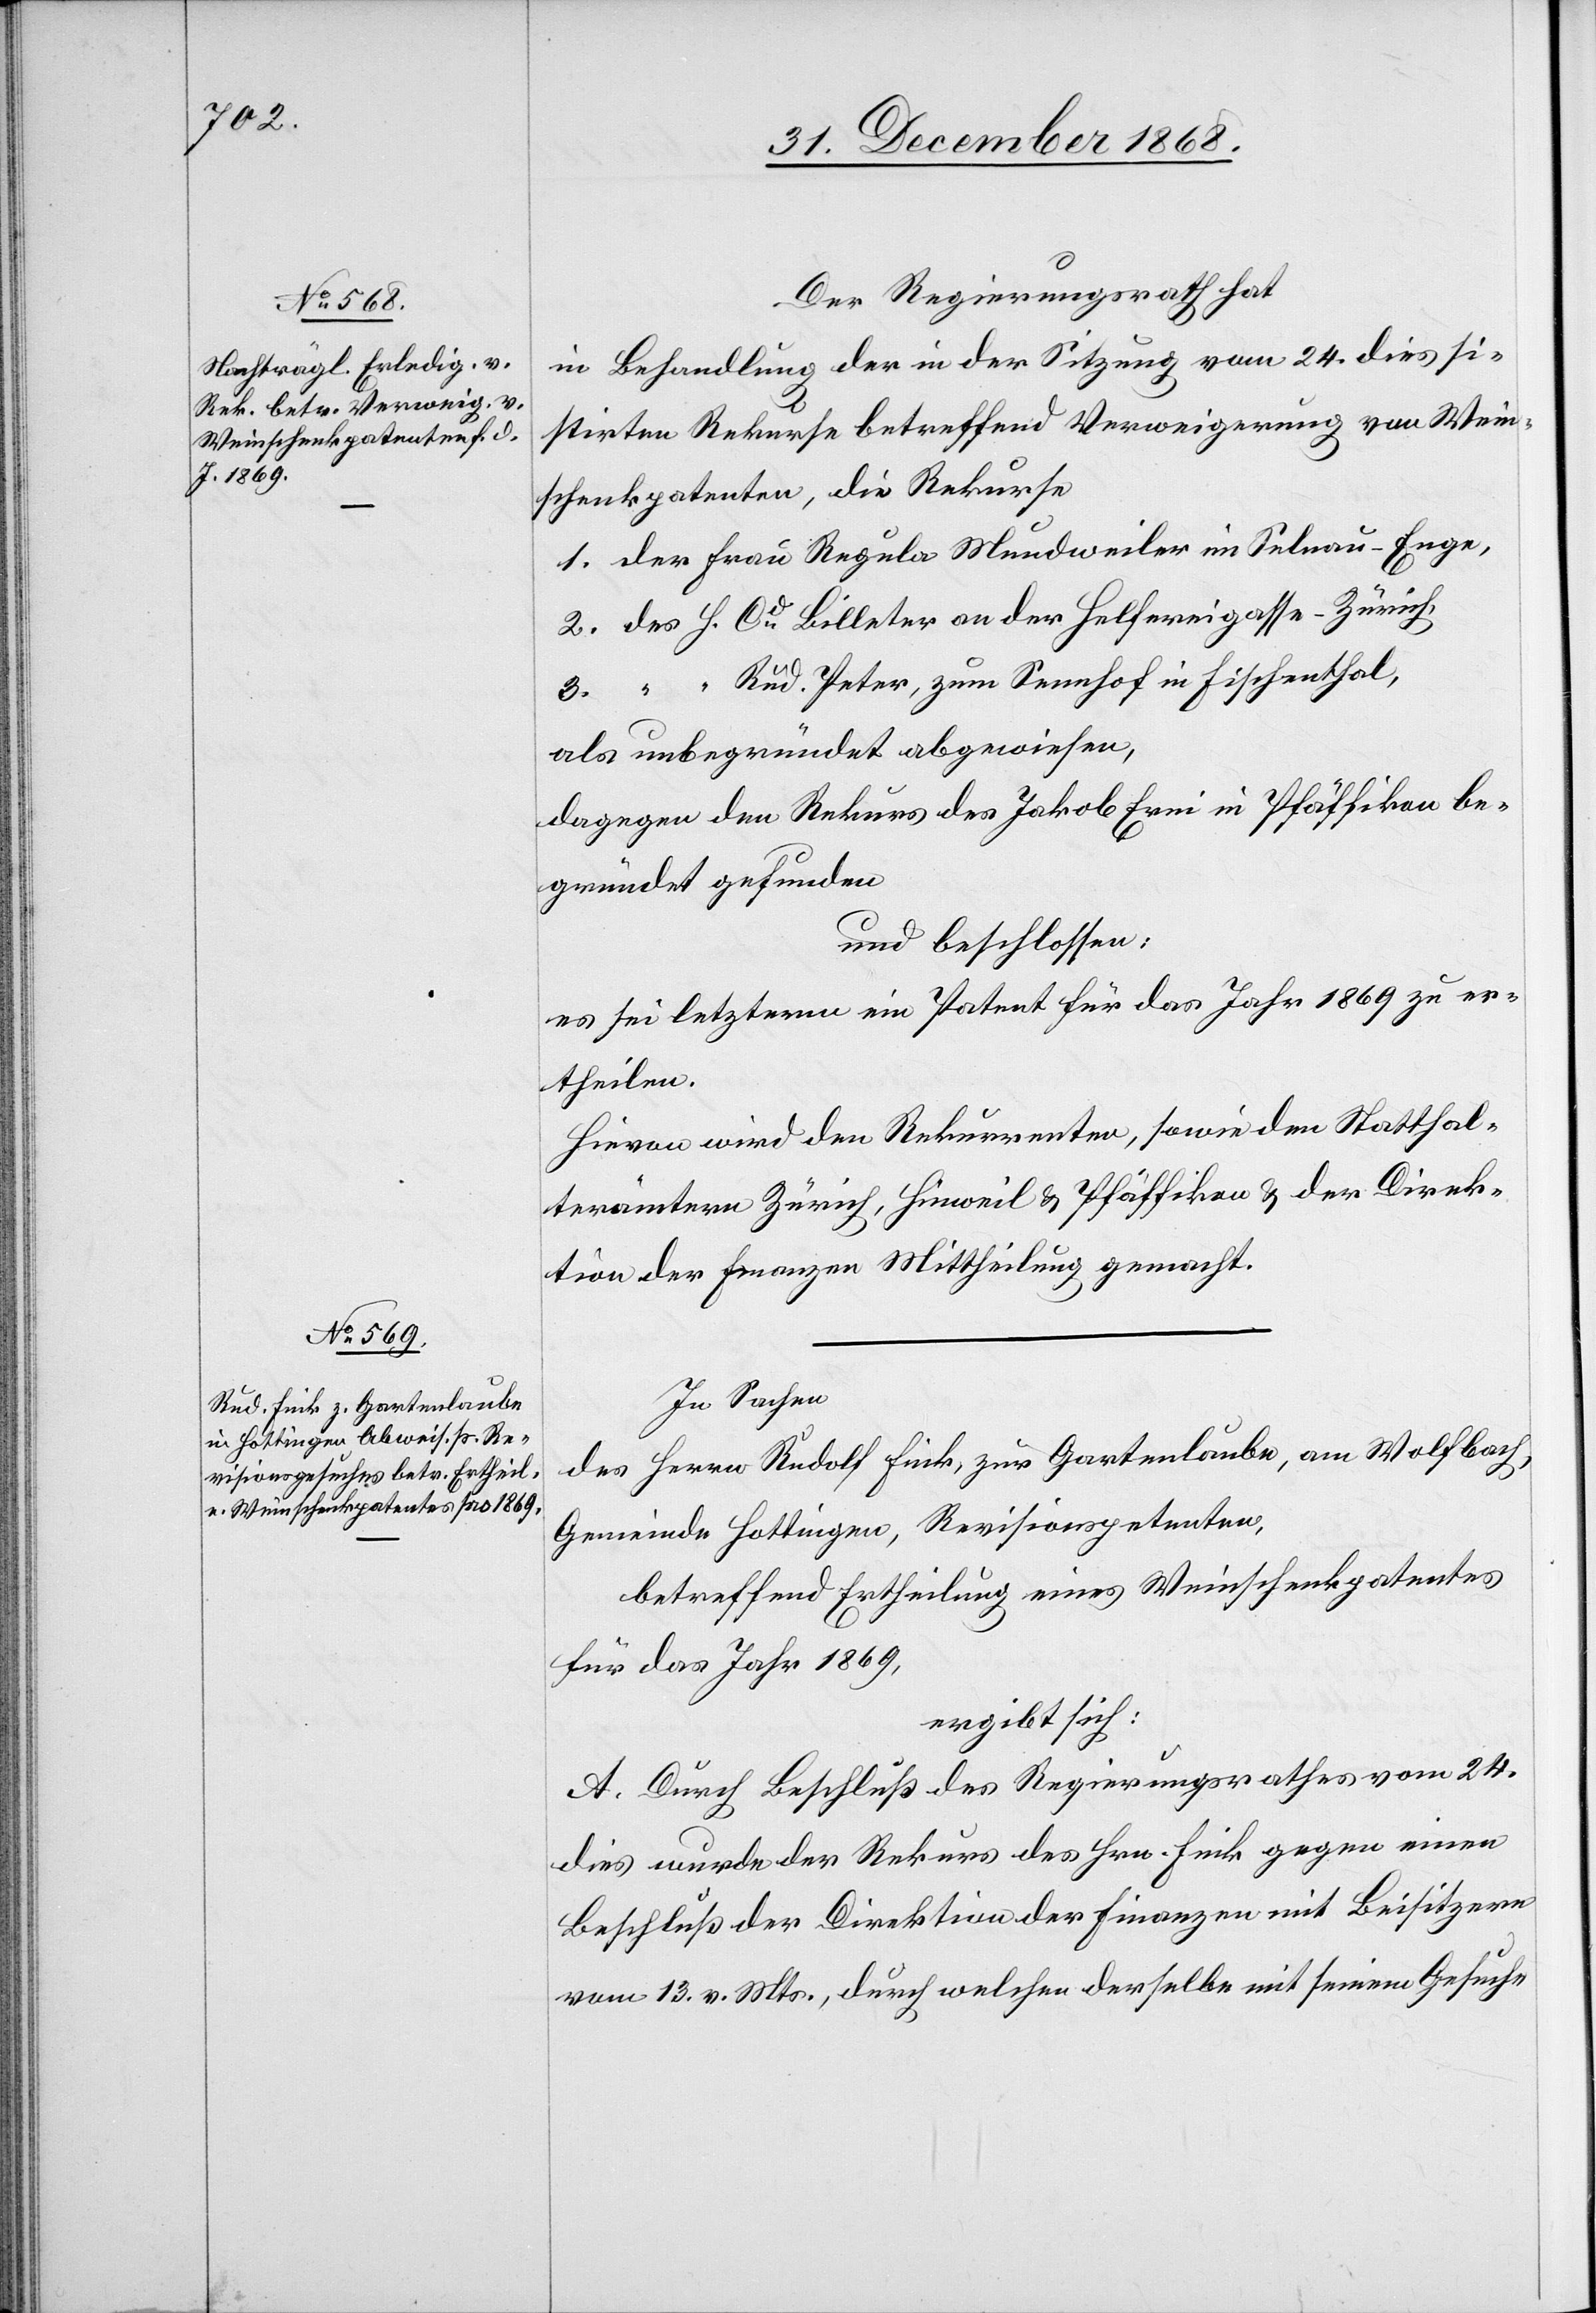
Der Regierungsrath hat
in Behandlung der in der Sitzung vom 24. dies si¬
stirten Rekurse betreffend Verweigerung von Wein¬
schenkpatenten, die Rekurse
1. der Frau Regula Mundweiler im Selnau - Enge,
2. des H. Cd Billeter an der Helfereigasse - Zürich,
3. “ “ Rud. Peter, zum Sennhof in Fischenthal,
als unbegründet abgewiesen,
dagegen den Rekurs des Jakob Erni in Pfäffikon be¬
gründet gefunden
und beschlossen:
Es sei letzterm ein Patent für das Jahr 1869 zu er¬
theilen.
Hievon wird den Rekurrenten, sowie den Statthal¬
terämtern Zürich, Hinweil & Pfäffikon & der Direk¬
tion der Finanzen Mittheilung gemacht.
In Sachen
des Herrn Rudolf Fink, zur Gartenlaube, am Wolfbach,
Gemeinde Hottingen, Revisionspetenten,
betreffend Ertheilung eines Weinschenkpatentes
für das Jahr 1869,
ergibt sich:
A. Durch Beschluß des Regierungsrathes vom 24.
dies wurde der Rekurs des Hrn. Fink gegen einen
Beschluß der Direktion der Finanzen mit Beisitzern
vom 13. v. Mts., durch welchen derselbe mit seinem Gesuche